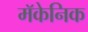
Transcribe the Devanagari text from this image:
मॅकेनिक